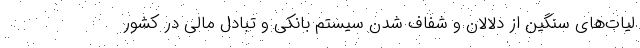
لیات‌های سنگین از دلالان و شفاف شدن سیستم بانکی و تبادل مالی در کشور